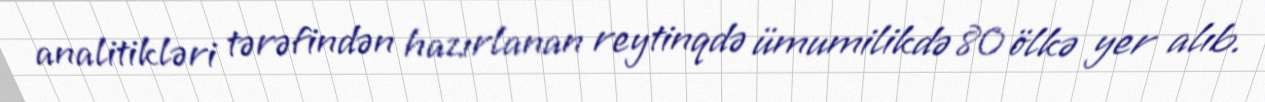
analitikləri tərəfindən hazırlanan reytinqdə ümumilikdə 80 ölkə yer alıb.